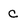
Character: c